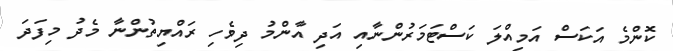
ކޮންމެ އަކަސް އަމިއްލަ ކަސްޓަމަރުންނާއި އަދި އާންމު ދިވެހި ރައްޔިތުންނާ މެދު މިފަދަ